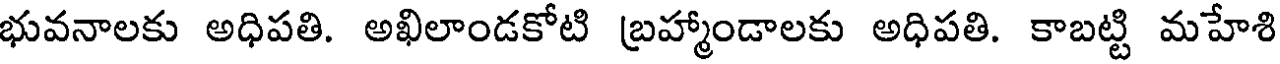
భువనాలకు అధిపతి. అఖిలాండకోటి బ్రహ్మాండాలకు అధిపతి. కాబట్టి మహేశి